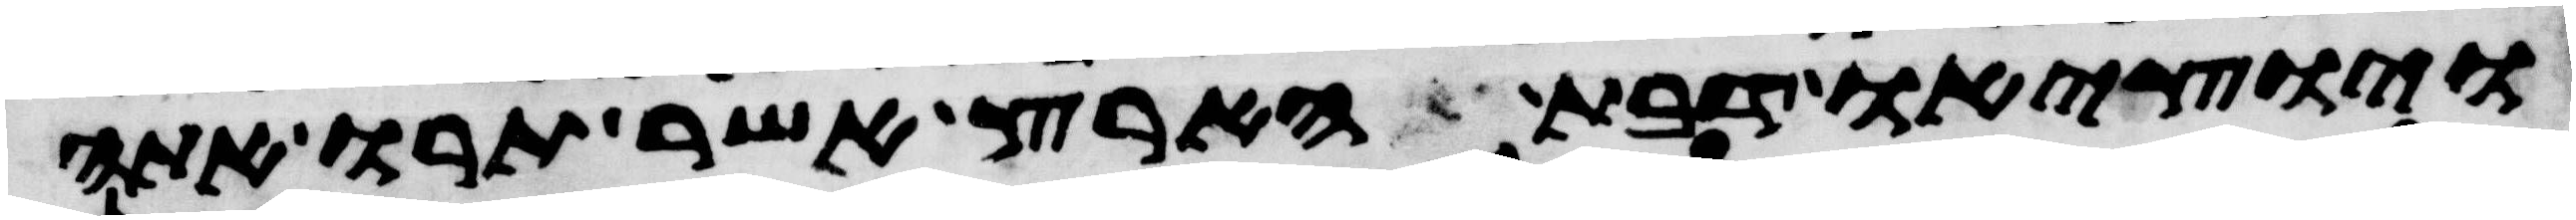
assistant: ויוציאו דבת הארץ אשר תרו אתה